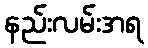
နည်းလမ်းအရ